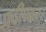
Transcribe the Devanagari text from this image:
प्रदीपवत।